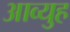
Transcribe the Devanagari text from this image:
आव्युह